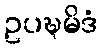
ဥပဍ္ဎမိဒံ